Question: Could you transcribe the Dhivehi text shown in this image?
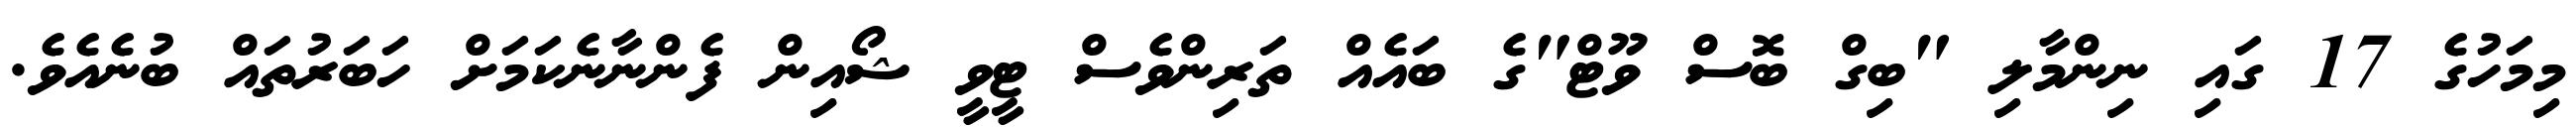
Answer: މިމަހުގެ 17 ގައި ނިންމާލި "ބިގް ބޮސް ވޫޓް"ގެ ބައެއް ތަރިންވެސް ޓީވީ ޝޯއިން ފެންނާނެކަމަށް ހަބަރުތައް ބުނެއެވެ.